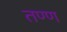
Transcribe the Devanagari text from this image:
तण्ण